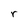
Character: r